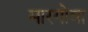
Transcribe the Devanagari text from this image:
मारगोवा